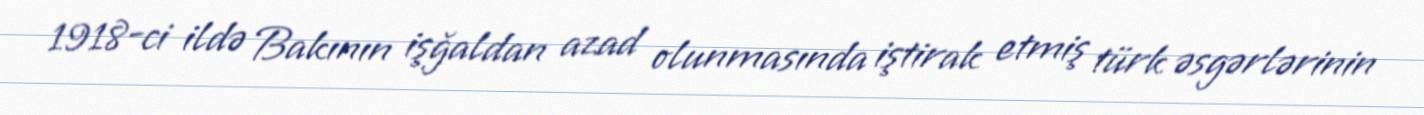
1918-ci ildə Bakının işğaldan azad olunmasında iştirak etmiş türk əsgərlərinin